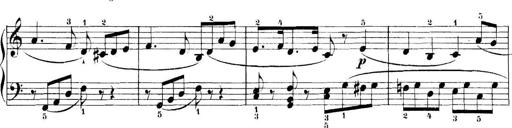
Title: 11 Sonatinas
Composer: Anton Diabelli